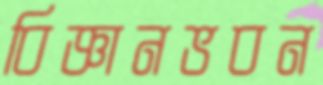
বিজ্ঞানভবন